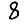
Digit: 8